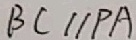
B C / / P A